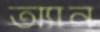
অ্যান